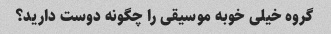
گروه خیلی خوبه موسیقی را چگونه دوست دارید؟